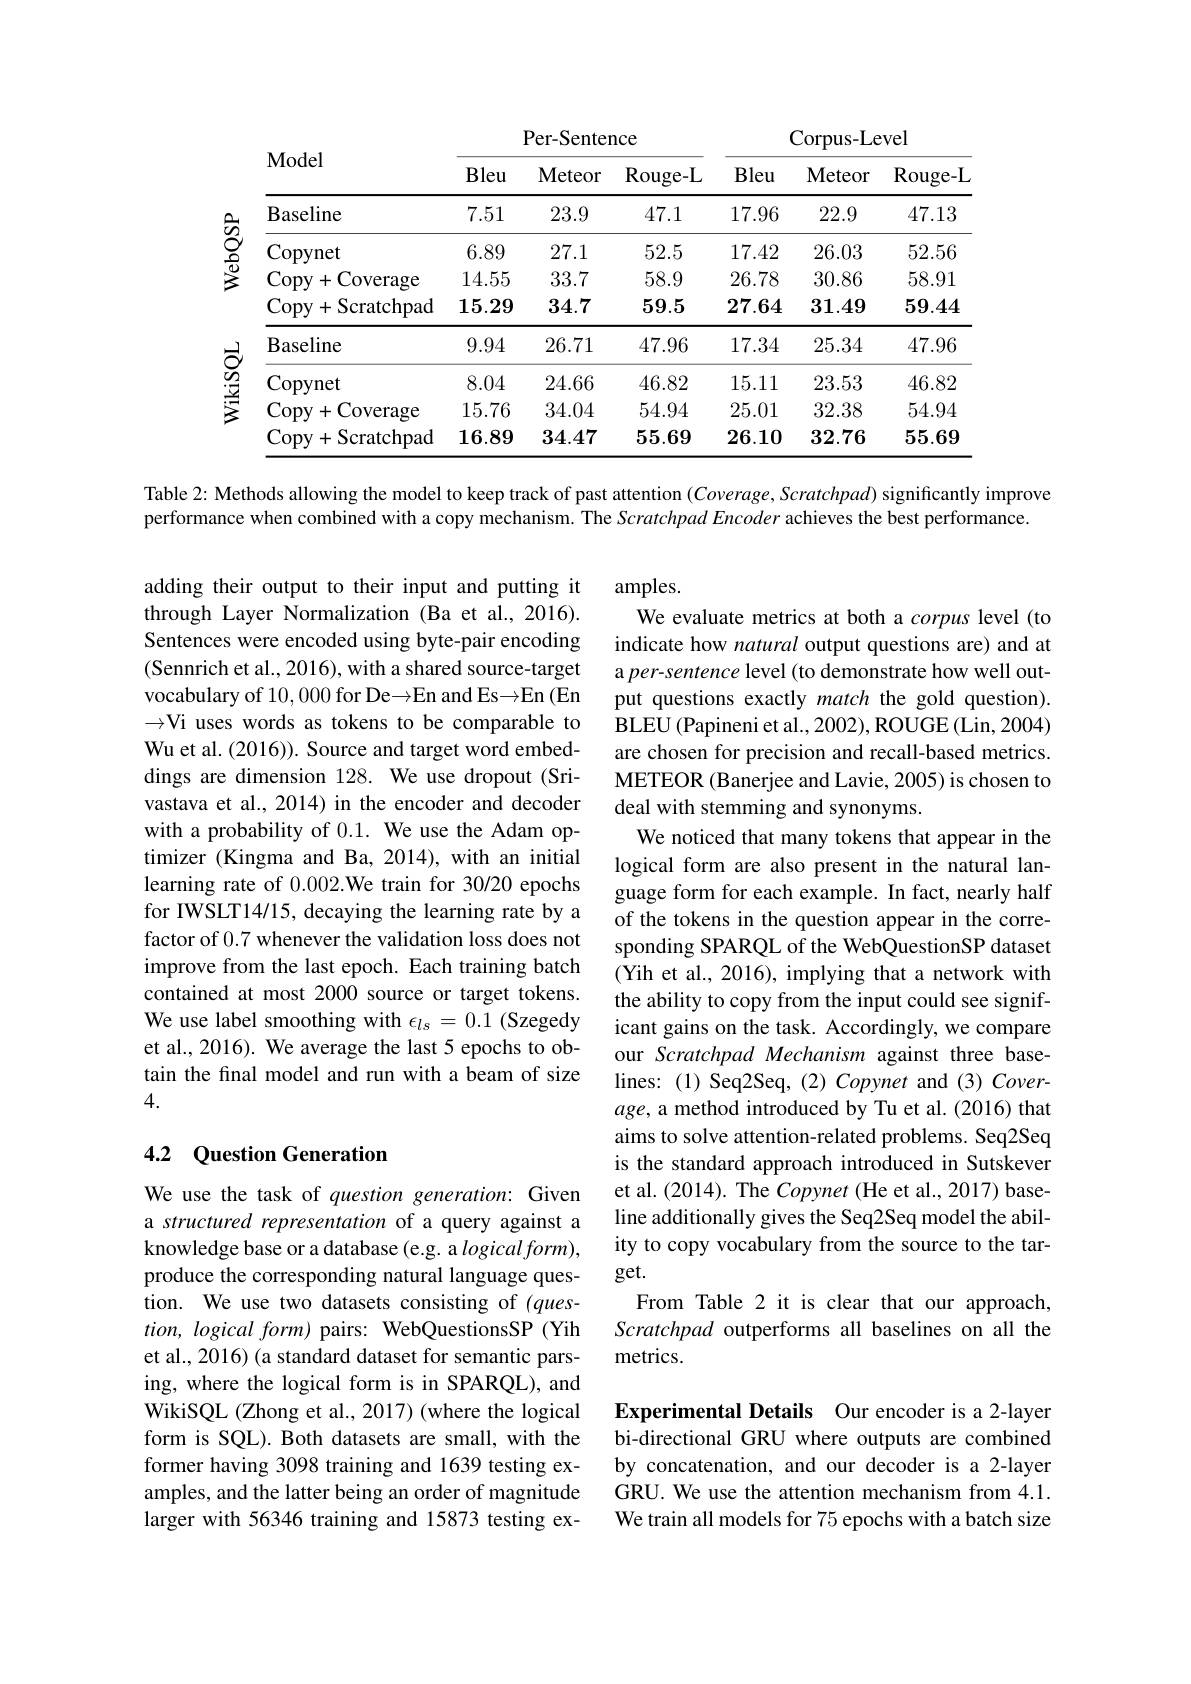
<table>
	<tbody>
		<tr>
			<th rowspan="2">Model</th>
			<th colspan="4">Per- Sentence</th>
			<th colspan="3">Corpus- Level</th>
		</tr>
		<tr>
			<th>Bleu</th>
			<th>Bleu</th>
			<th>Meteor</th>
			<th>Rouge- L</th>
			<th>Bleu</th>
			<th>Meteor</th>
			<th>Rouge- L</th>
		</tr>
		<tr>
			<td>Baseline</td>
			<td>7.51</td>
			<td>7.51</td>
			<td>23.9</td>
			<td>47.1</td>
			<td>17.96</td>
			<td>22.9</td>
			<td>47.13</td>
		</tr>
		<tr>
			<td>Copynet</td>
			<td>6.89</td>
			<td>6.89</td>
			<td>27.1</td>
			<td>52.5</td>
			<td>17.42</td>
			<td>26.03</td>
			<td>52.56</td>
		</tr>
		<tr>
			<td>Copy+ Coverage</td>
			<td>14.55</td>
			<td>14.55</td>
			<td>33.7</td>
			<td>58.9</td>
			<td>26.78</td>
			<td>30.86</td>
			<td>58.91</td>
		</tr>
		<tr>
			<td>Copy+ Scratchpad</td>
			<td>15.29</td>
			<td>15.29</td>
			<td>34.7</td>
			<td>59.5</td>
			<td>27.64</td>
			<td>31.49</td>
			<td>59.44</td>
		</tr>
		<tr>
			<td>Baseline</td>
			<td>9.94</td>
			<td>9.94</td>
			<td>26.71</td>
			<td>47.96</td>
			<td>17.34</td>
			<td>25.34</td>
			<td>47.96</td>
		</tr>
		<tr>
			<td>Copynet</td>
			<td>8.04</td>
			<td>8.04</td>
			<td>24.66</td>
			<td>46.82</td>
			<td>15.11</td>
			<td>23.53</td>
			<td>46.82</td>
		</tr>
		<tr>
			<td>Copy+ Coverage</td>
			<td>15.76</td>
			<td>15.76</td>
			<td>34.04</td>
			<td>54.94</td>
			<td>25.01</td>
			<td>32.38</td>
			<td>54.94</td>
		</tr>
		<tr>
			<td>Copy+ Scratchpad</td>
			<td>16.89</td>
			<td>16.89</td>
			<td>34.47</td>
			<td>55.69</td>
			<td>26.10</td>
			<td>32.76</td>
			<td>55.69</td>
		</tr>
	</tbody>
</table>

Table 2: Methods allowing the model to keep track of past attention (Coverage, Scratchpad) significantly improve

performance when combined with a copy mechanism. The Scratchpad Encoder achieves the best performance.

adding their output to their input and putting it through Layer Normalization (Ba et al.,2016). Sentences were encoded using byte-pair encoding (Sennrich et al., 2016), with a shared source-target vocabulary of 10,000 for De$\to$En and Es$\to$En (En $\to$Vi uses words as tokens to be comparable to Wu et al. (2016)). Source and target word embeddings are dimension 128. We use dropout (Srivastava et al., 2014) in the encoder and decoder with a probability of 0.1. We use the Adam optimizer (Kingma and Ba, 2014), with an initial learning rate of 0.002.We train for 30/ 20 epochs for IWSLT14/15, decaying the learning rate by a factor of 0.7 whenever the validation loss does not improve from the last epoch. Each training batch contained at most 2000 source or target tokens. We use label smoothing with $\epsilon_ls=0.1$ (Szegedy et al., 2016). We average the last 5 epochs to obtain the final model and run with a beam of size 4.

amples.
We evaluate metrics at both a corpus level (to indicate how natural output questions are) and at a per-sentence level (to demonstrate how well output questions exactly match the gold question). BLEU (Papineni et al., 2002), ROUGE (Lin, 2004) are chosen for precision and recall-based metrics. METEOR (Banerjee and Lavie, 2005) is chosen to deal with stemming and synonyms.
We noticed that many tokens that appear in the logical form are also present in the natural language form for each example. In fact, nearly half of the tokens in the question appear in the corresponding SPARQL of the WebQuestionSP dataset (Yih et al., 2016), implying that a network with the ability to copy from the input could see significant gains on the task. Accordingly, we compare our Scratchpad Mechanism against three baselines:(1) Seq2Seq,(2) Copynet and (3) Coverage, a method introduced by Tu et al. (2016) that aims to solve attention-related problems. Seq2Seq is the standard approach introduced in Sutskever et al. (2014). The Copynet (He et al., 2017) baseline additionally gives the Seq2Seq model the ability to copy vocabulary from the source to the target.
From Table 2 it is clear that our approach, Scratchpad outperforms all baselines on all the metrics.

### 4.2 Question Generation

We use the task of question generation: Given a structured representation of a query against a knowledge base or a database (e.g. a $logicalform)$, produce the corresponding natural language question. We use two datasets consisting of $(ques-$ $tion, logical\textit{ form) pairs: WebQuestionsSP ( Yih}$ et al., 2016) (a standard dataset for semantic parsing, where the logical form is in SPARQL), and WikiSQL (Zhong et al., 2017) (where the logical form is SQL). Both datasets are small, with the former having 3098 training and 1639 testing examples, and the latter being an order of magnitude larger with 56346 training and 15873 testing ex-

Experimental Details Our encoder is a 2-layer bi-directional GRU where outputs are combined by concatenation, and our decoder is a 2-layer GRU. We use the attention mechanism from 4.1. We train all models for 75 epochs with a batch size